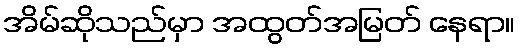
အိမ်ဆိုသည်မှာ အထွတ်အမြတ် နေရာ။